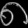
Digit: ၈